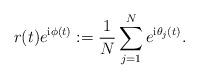
LaTeX: \begin{align*} r(t)e^{{\mathrm i} \phi(t)} := \frac{1}{N} \sum_{j=1}^{N} e^{{\mathrm i} \theta_j(t)}. \end{align*}